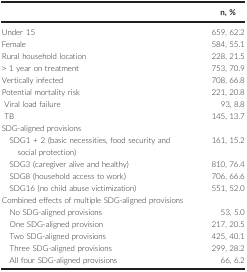
<table><thead><tr><td></td><td><b>n, %</b></td></tr></thead><tbody><tr><td>Under 15</td><td>659, 62.2</td></tr><tr><td>Female</td><td>584, 55.1</td></tr><tr><td>Rural household location</td><td>228, 21.5</td></tr><tr><td>&gt; 1 year on treatment</td><td>753, 70.9</td></tr><tr><td>Vertically infected</td><td>708, 66.8</td></tr><tr><td>Potential mortality risk</td><td>221, 20.8</td></tr><tr><td> Viral load failure</td><td>93, 8.8</td></tr><tr><td> TB</td><td>145, 13.7</td></tr><tr><td colspan="2">SDG‐aligned provisions</td></tr><tr><td>SDG1 + 2 (basic necessities, food security and social protection)</td><td>161, 15.2</td></tr><tr><td>SDG3 (caregiver alive and healthy)</td><td>810, 76.4</td></tr><tr><td>SDG8 (household access to work)</td><td>706, 66.6</td></tr><tr><td>SDG16 (no child abuse victimization)</td><td>551, 52.0</td></tr><tr><td colspan="2">Combined effects of multiple SDG‐aligned provisions</td></tr><tr><td>No SDG‐aligned provisions</td><td>53, 5.0</td></tr><tr><td>One SDG‐aligned provision</td><td>217, 20.5</td></tr><tr><td>Two SDG‐aligned provisions</td><td>425, 40.1</td></tr><tr><td>Three SDG‐aligned provisions</td><td>299, 28.2</td></tr><tr><td>All four SDG‐aligned provisions</td><td>66, 6.2</td></tr></tbody></table>